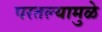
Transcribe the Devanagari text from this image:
परतल्यामुळे